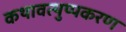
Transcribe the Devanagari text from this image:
कथावत्थुप्पकरण